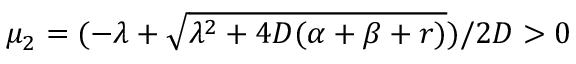
\mu _ { 2 } = ( - \lambda + \sqrt { \lambda ^ { 2 } + 4 D ( \alpha + \beta + r ) } ) / 2 D > 0